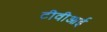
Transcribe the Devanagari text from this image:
टीवीआई